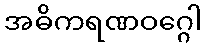
အဓိကရဏဝဂ္ဂေါ